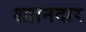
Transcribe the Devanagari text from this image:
शाानदार